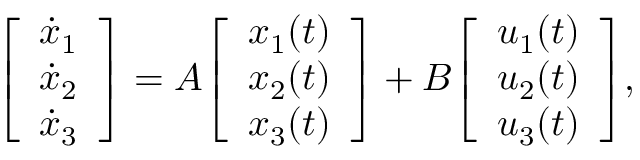
{ \left[ \begin{array} { l } { { \dot { x } } _ { 1 } } \\ { { \dot { x } } _ { 2 } } \\ { { \dot { x } } _ { 3 } } \end{array} \right] } = A { \left[ \begin{array} { l } { x _ { 1 } ( t ) } \\ { x _ { 2 } ( t ) } \\ { x _ { 3 } ( t ) } \end{array} \right] } + B { \left[ \begin{array} { l } { u _ { 1 } ( t ) } \\ { u _ { 2 } ( t ) } \\ { u _ { 3 } ( t ) } \end{array} \right] } ,